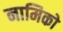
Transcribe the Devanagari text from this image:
नामिको